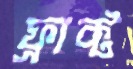
ফ্রাক্ট